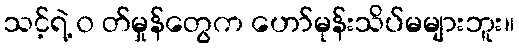
သင့်ရဲ့ ၀ တ်မှုန်တွေက ဟော်မုန်းသိပ်မများဘူး။